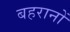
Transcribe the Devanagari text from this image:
बहरानों